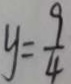
y = \frac { 9 } { 4 }